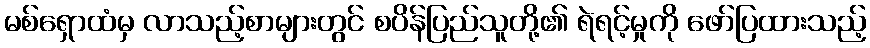
မစ်ရှောထံမှ လာသည့်စာများတွင် စပိန်ပြည်သူတို့၏ ရဲရင့်မှုကို ဖော်ပြထားသည့်